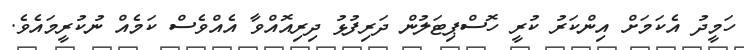
ހަމީދު އެކަމަށް އިންކަރު ކުރީ ހޮސްޕިޓަލުން ދަރިފުޅު ދިރިއޮއްވާ އެއްވެސް ކަމެއް ނުކުރީމައެވެ.